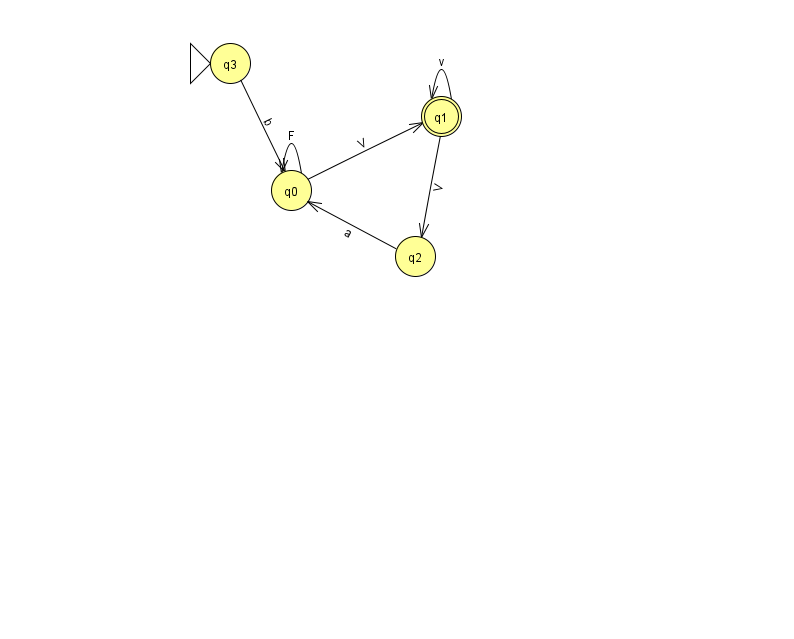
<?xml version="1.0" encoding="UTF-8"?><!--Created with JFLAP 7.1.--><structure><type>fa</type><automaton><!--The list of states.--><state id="0" name="q0"><x>291.0</x><y>177.0</y></state><state id="1" name="q1"><x>441.0</x><y>103.0</y><final/></state><state id="2" name="q2"><x>415.0</x><y>243.0</y></state><state id="3" name="q3"><x>230.0</x><y>50.0</y><initial/></state><!--The list of transitions.--><transition><from>0</from><to>0</to><read>F</read></transition><transition><from>0</from><to>1</to><read>V</read></transition><transition><from>1</from><to>1</to><read>v</read></transition><transition><from>1</from><to>2</to><read>V</read></transition><transition><from>2</from><to>0</to><read>a</read></transition><transition><from>3</from><to>0</to><read>b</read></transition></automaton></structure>